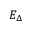
E _ { \Delta }